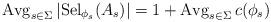
LaTeX: \begin{align*}\mathrm{Avg}_{s\in \Sigma} \, |\mathrm{Sel}_{\phi_s}(A_s)| = 1 + \mathrm{Avg}_{s\in \Sigma}\, c(\phi_s)\end{align*}